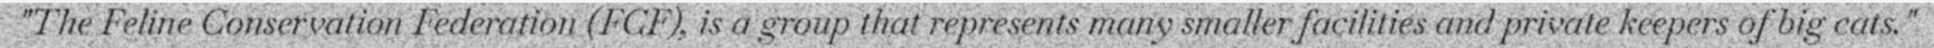
"The Feline Conservation Federation (FCF), is a group that represents many smaller facilities and private keepers of big cats."